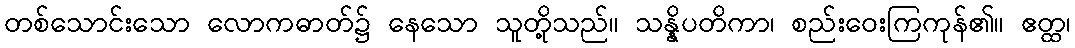
တစ်သောင်းသော လောကဓာတ်၌ နေသော သူတို့သည်။ သန္နိပတိကာ၊ စည်းဝေးကြကုန်၏။ ဧတ္ထ၊